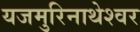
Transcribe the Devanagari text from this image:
यजमुरिनाथेश्‍वर